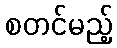
စတင်မည့်